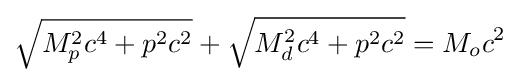
{\sqrt {M_{p}^{2}c^{4}+p^{2}c^{2}}}+{\sqrt {M_{d}^{2}c^{4}+p^{2}c^{2}}}=M_{o}c^{2}